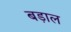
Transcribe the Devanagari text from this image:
बड़ाल